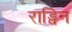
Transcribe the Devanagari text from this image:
राड्विन